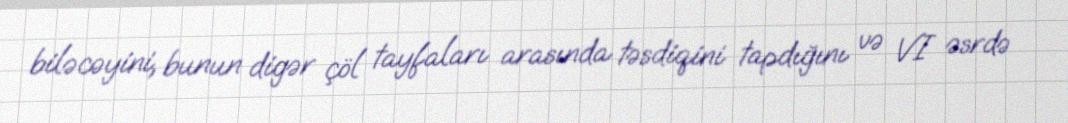
biləcəyini, bunun digər çöl tayfaları arasında təsdiqini tapdığını və VI əsrdə